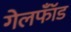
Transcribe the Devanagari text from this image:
गेलफॉँड